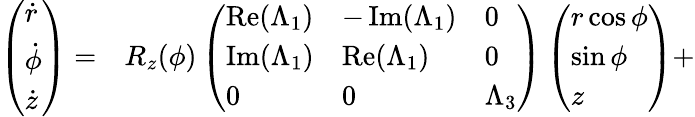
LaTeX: \begin{array}{rl}{\left(\begin{array}{l}{\dot{r}}\\ {\dot{\phi}}\\ {\dot{z}}\end{array}\right)=}&{{}R_{z}(\phi)\left(\begin{array}{lll}{\operatorname{Re}(\Lambda_{1})}&{-\operatorname{Im}(\Lambda_{1})}&{0}\\ {\operatorname{Im}(\Lambda_{1})}&{\operatorname{Re}(\Lambda_{1})}&{0}\\ {0}&{0}&{\Lambda_{3}}\end{array}\right)\left(\begin{array}{l}{r\cos\phi}\\ {\sin\phi}\\ {z}\end{array}\right)+}\end{array}